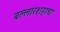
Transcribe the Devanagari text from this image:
बल्लारशहाचा